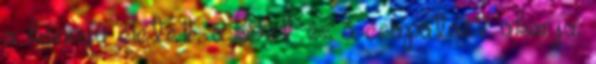
a könnyű életet, a lóvét és a csapatást akarja,